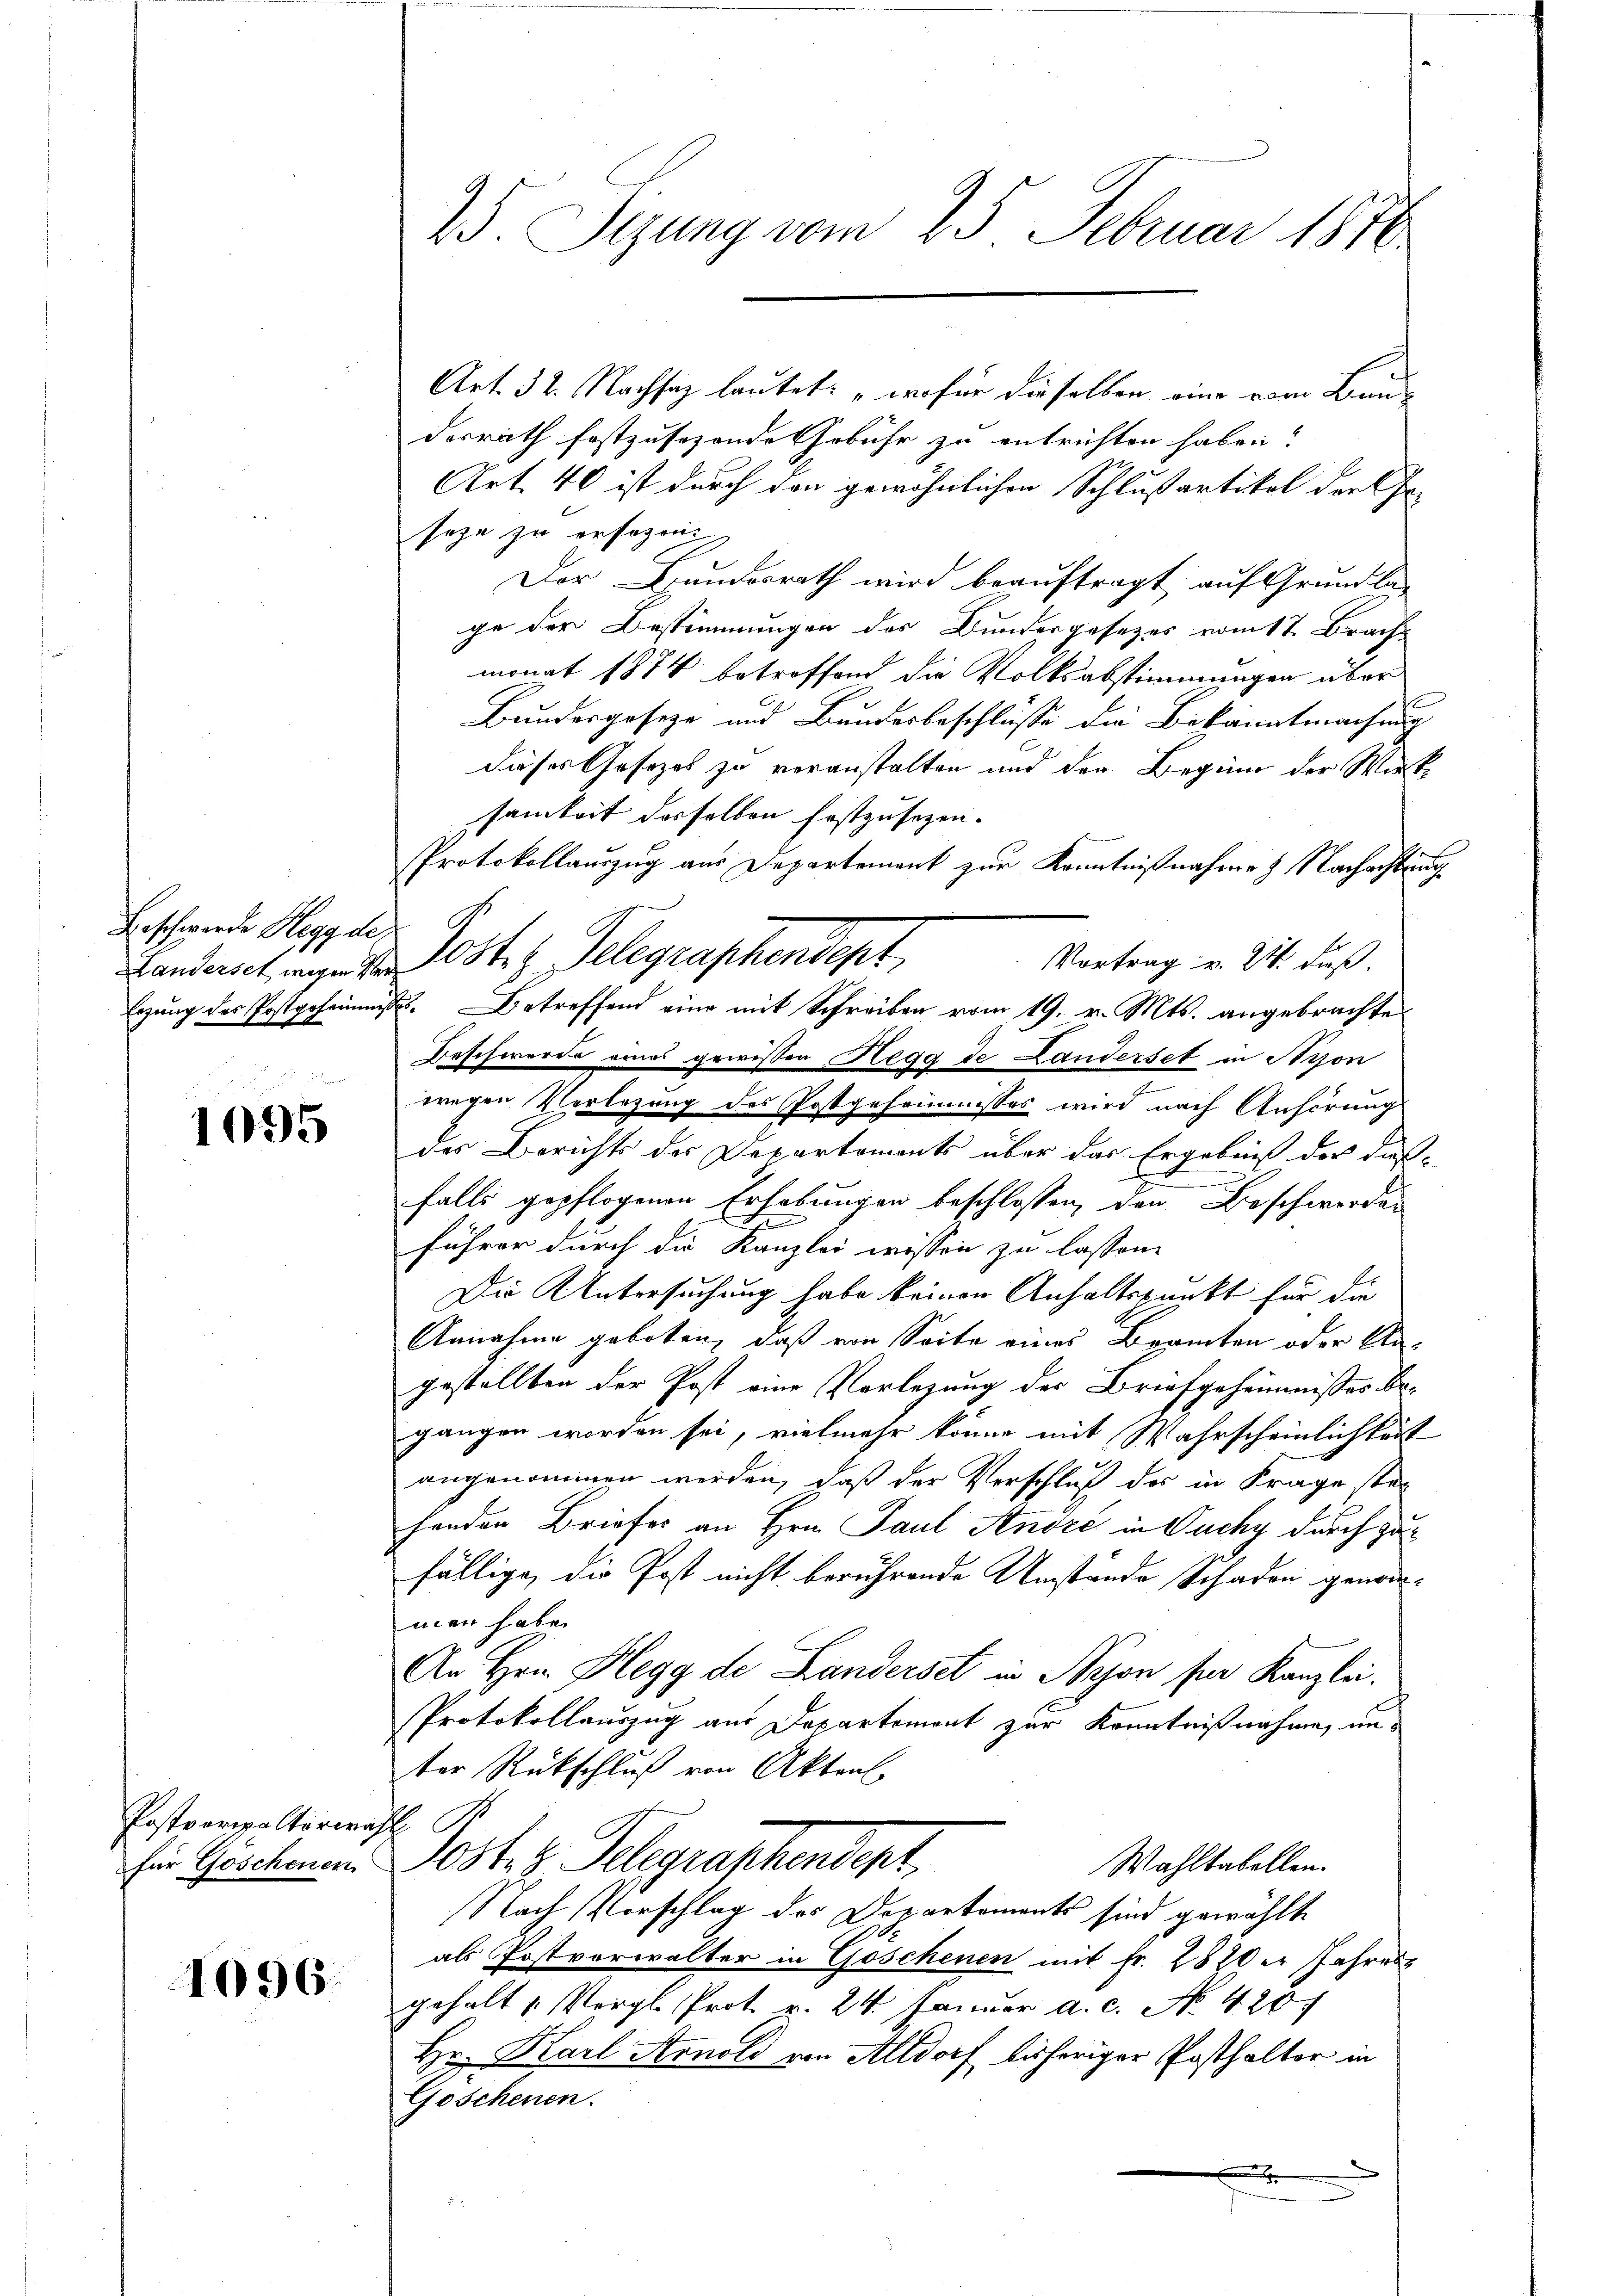
Beschwerde Hegg de

1095

Postverspaltorwahl

1096.

Art. 32. Nachsaz lautet: „wofür dieselben eine vom Bundorrath festzusehende Gebühr zu entrichten haben?
Art. 40 ist durch den gewöhnlichen Schlußartikel der Er-
seze zu ersezen.
Der Bundesrath wird beauftragt, auf Grundla-
ge der Bestimmungen des Bundergesetzes vom 17. Brach
monat 1874 betroffend die Volksabstimmungen über
Bundesgeseze und Bundesbeschlüsse die Bekanntmachung
dieses Gesezes zu veranstalten und der Beginn der Wirksamkeit desselben festzusezen.
Protokollauszug aus Departement zur Kenntnißnahme & Nachachtung
Vortrag v. 24. Fuß.
Landant, wieder Oster Telegraschendept,
Erzung des Postgeheimnisses. Betreffend eine mit Schreiben vom 19. v. Mts. angebrachte
Beschwerde eines gewissen Hegg de Landerset in Aison
wegen Verlegung des Postgeheimisses wird nach Anhörung
des Berichts des Departements über das Ergebniß der das-
falls gepflogenen Erhebungen beschlossen, den Beschwerden
führer durch die Kanzlei wissen zu lassen.
Die Untersuchung habe keinen Anhaltspunkt für die
Annahme geboten, daß von Seite eines Branten oder Un-
gestellten der Post eine Vorlegung der Briefgeheimnisses begangen worden sei, vielmehr könne mit Wahrscheinlichkeit
angenommen werden, daß der Verschluß des in Frage stei
henden Briefes an Hrn. Paul André in Ouchy durch zufällige, die Post nicht berührende Umstände Schaden genom-
men habe.
An Hrn. Hegg der Landerset in Nyon für Kanzlei.
Protokollauszug aus Departement zur Kenntnißnahme, im
ter Rückschluß von Aktenl
für Göschenen. Jost z. Telegraphendept,
Wahltabellen.
Nach Vorschlag des Departements sind gewählte
als Postverwalter in Goschenen mit Fr. 2820er Jahres
gehalt u. Vergl. Prot. v. 24. Januar a.c. No. 426
Hr. Karl Arnold von Altdorf bisheriger Posthalter in
Goschenen.
x

25. Sizung vom 25. Februar 1870